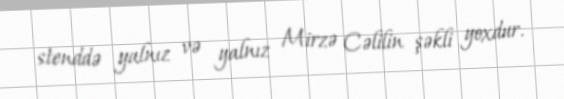
stenddə yalnız və yalnız Mirzə Cəlilin şəkli yoxdur.